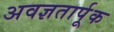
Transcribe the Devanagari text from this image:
अवज्ञतार्पूक